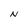
Character: N